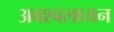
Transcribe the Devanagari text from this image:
अवश्वलायन